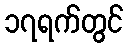
၁၇ရက်တွင်